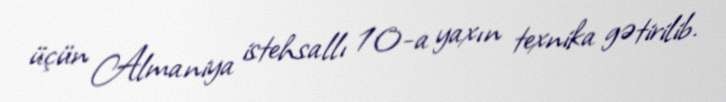
üçün Almaniya istehsallı 10-a yaxın texnika gətirilib.